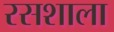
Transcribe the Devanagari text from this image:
रसशाला